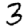
Digit: 3